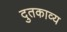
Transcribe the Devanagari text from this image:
दुतकाव्य